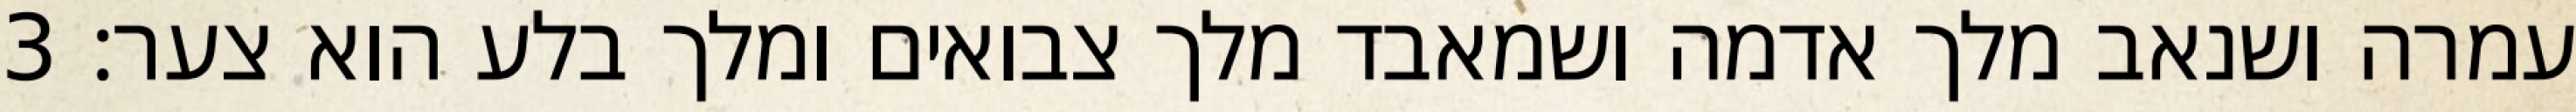
עמרה ושנאב מלך אדמה ושמאבד מלך צבואים ומלך בלע הוא צער׃ ‎3‏